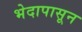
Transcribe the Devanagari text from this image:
भेदापासून